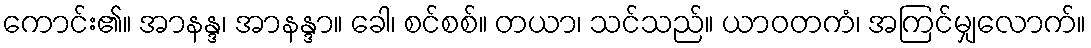
ကောင်း၏။ အာနန္ဒ၊ အာနန္ဒာ။ ခေါ၊ စင်စစ်။ တယာ၊ သင်သည်။ ယာဝတကံ၊ အကြင်မျှလောက်။